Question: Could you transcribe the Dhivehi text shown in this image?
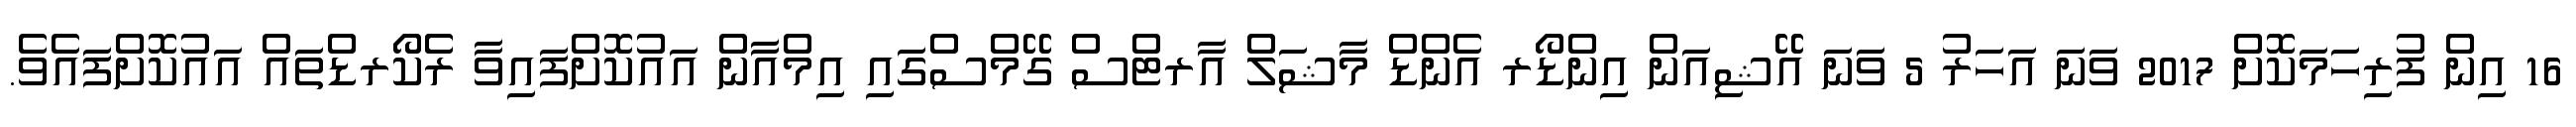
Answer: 16 އިން ފުރިހަމަކޮށް 2017 ވަނަ އަހަރު 5 ވަނަ އޭޝިއަން އިންޑޯރ އެންޑް މާޝަލް އާރޓްސް ގޭމްސްގައި އިމްއާން އައުކޮށްފައިވާ ރެެކޯރޑްތައް އައުކޮށްފައެވެ.